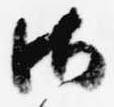
御